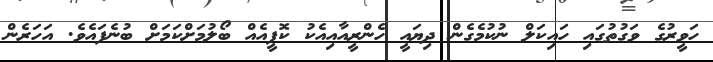
ހަވީރުގެ ވަގުތުގައި ހައިކަލް ނުކުމެގެން ދިޔައީ ހެންރީއާއިއެކު ކޮފީއެއް ބޯލުމަށްކަމަށް ބުނެފައެވެ. އަހަރެން